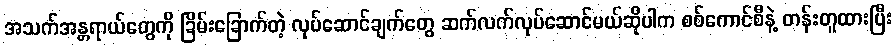
အသက်အန္တရာယ်တွေကို ခြိမ်းခြောက်တဲ့ လုပ်ဆောင်ချက်တွေ ဆက်လက်လုပ်ဆောင်မယ်ဆိုပါက စစ်ကောင်စီနဲ့ တန်းတူထားပြီး